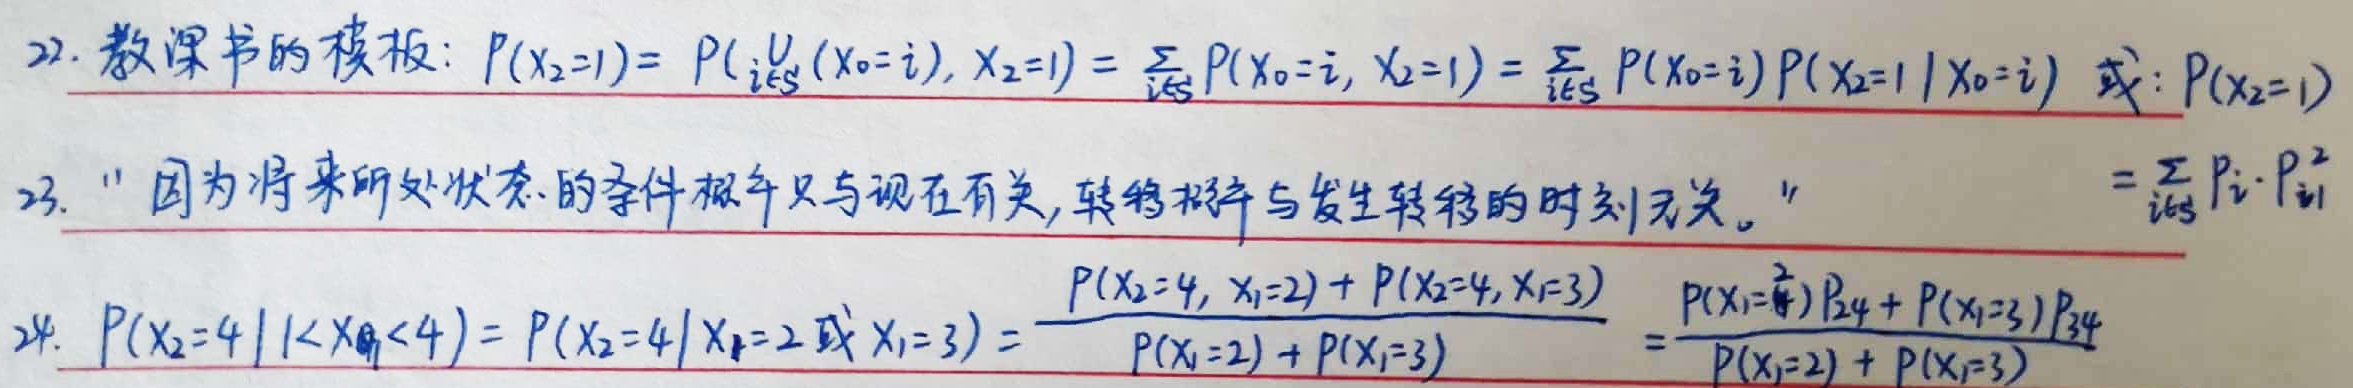
22. 教课书的模板：
\(P(X_{2}=1)=P(\underset{i\in S}{\cup}(X_{0}=i),X_{2}=1)=\sum_{i\in S}P(X_{0}=i,X_{2}=1)=\sum_{i\in S}P(X_{0}=i)P(X_{2}=1|X_{0}=i)\)
或：\(P(X_{2}=1)\)

23. “因为将来所处状态的条件概率只与现在有关，转移概率与发生转移的时刻无关。”
\(=\sum_{i\in S}p_{i}\cdot p_{i1}^{2}\)

24. \(P(X_{2}=4|1 < X_{1}<4)=P(X_{2}=4|X_{1}=2或X_{1}=3)=\frac{P(X_{2}=4,X_{1}=2)+P(X_{2}=4,X_{1}=3)}{P(X_{1}=2)+P(X_{1}=3)}=\frac{P(X_{1}=2)P_{24}+P(X_{1}=3)P_{34}}{P(X_{1}=2)+P(X_{1}=3)}\)